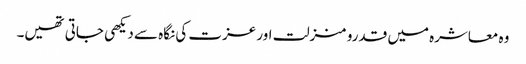
وہ معاشرہ میں قدرو منزلت اور عزت کی نگاہ سے دیکھی جاتی تھیں۔